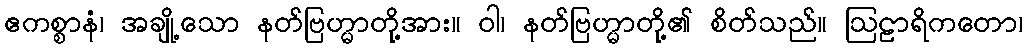
ဧကစ္စာနံ၊ အချို့သော နတ်ဗြဟ္မာတို့အား။ ဝါ၊ နတ်ဗြဟ္မာတို့၏ စိတ်သည်။ ဩဠာရိကတော၊